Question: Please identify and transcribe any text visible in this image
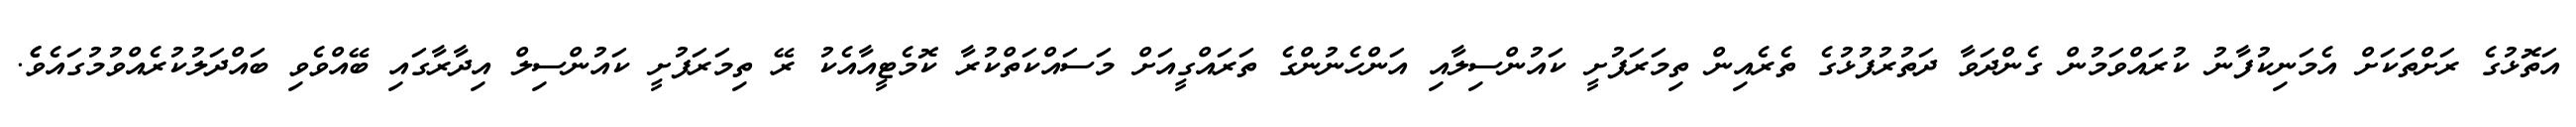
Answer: އަތޮޅުގެ ރަށްތަކަށް އެމަނިކުފާނު ކުރައްވަމުން ގެންދަވާ ދަތުރުފުޅުގެ ތެރެއިން ތިމަރަފުށީ ކައުންސިލާއި އަންހެނުންގެ ތަރައްގީއަށް މަސައްކަތްކުރާ ކޮމެޓީއާއެކު ރޭ ތިމަރަފުށީ ކައުންސިލް އިދާރާގައި ބޭއްވެވި ބައްދަލުކުރެއްވުމުގައެވެެ.